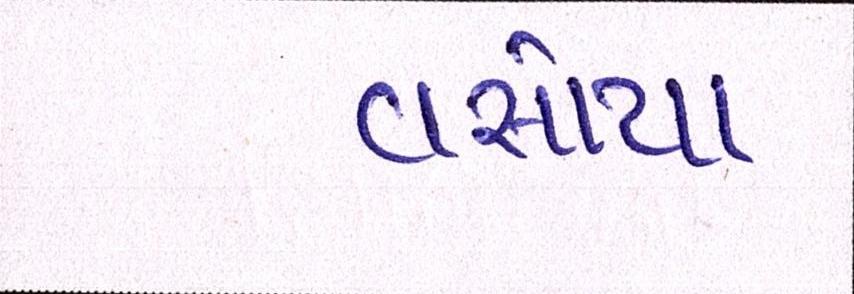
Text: વસોયા